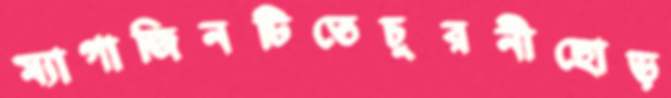
ম্যাগাজিনটিতেচুরনীছোড়